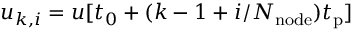
u _ { k , i } = u [ t _ { 0 } + ( k - 1 + i / N _ { \mathrm { n o d e } } ) t _ { \mathrm { p } } ]